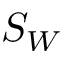
S _ { W }